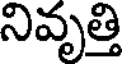
నివృత్తి